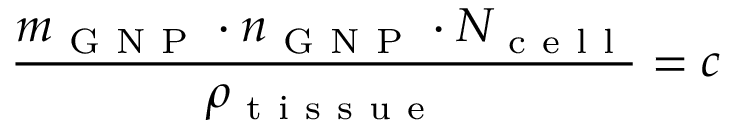
\frac { m _ { \mathrm { ~ G ~ N ~ P ~ } } \cdot n _ { \mathrm { ~ G ~ N ~ P ~ } } \cdot N _ { \mathrm { ~ c ~ e ~ l ~ l ~ } } } { \rho _ { \mathrm { ~ t ~ i ~ s ~ s ~ u ~ e ~ } } } = c